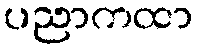
ပညာကထာ